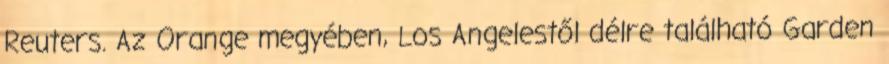
Reuters. Az Orange megyében, Los Angelestől délre található Garden